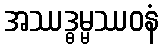
အဿဒ္ဓမ္မဿဝနံ